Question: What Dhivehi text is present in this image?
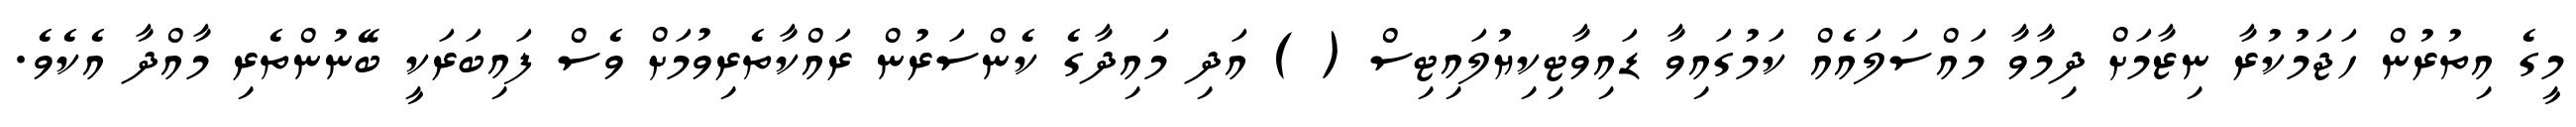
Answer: މީގެ އިތުރުން ހަޖަމުކުރާ ނިޒާމަށް ދިމާވާ މައްސަލައެއް ކަމުގައިވާ ޑައިވާޓިކިޔުލައިޓިސް ( ) އަދި މައިދާގެ ކެންސަރުން ރައްކާތެރިވުމަށް ވެސް ފައިބަރަކީ ބޭނުންތެރި މާއްދާ އެކެވެ.